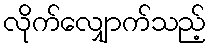
လိုက်လျှောက်သည့်